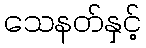
သေနတ်နှင့်